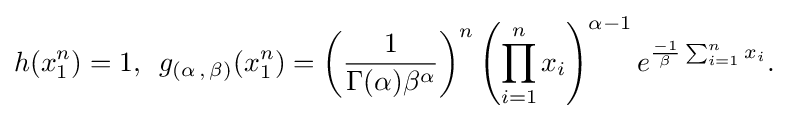
{\begin{aligned}h(x_{1}^{n})=1,\,\,\,g_{(\alpha \,,\,\beta )}(x_{1}^{n})=\left({1 \over \Gamma (\alpha )\beta ^{\alpha }}\right)^{n}\left(\prod _{i=1}^{n}x_{i}\right)^{\alpha -1}e^{{-1 \over \beta }\sum _{i=1}^{n}x_{i}}.\end{aligned}}